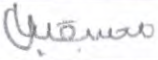
مستقبل